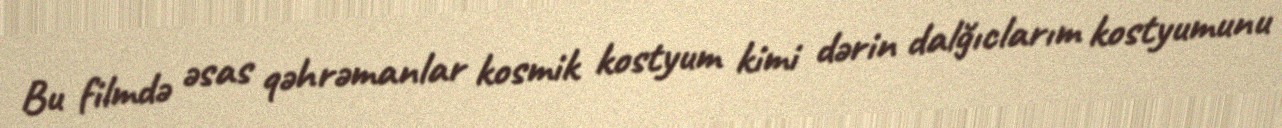
Bu filmdə əsas qəhrəmanlar kosmik kostyum kimi dərin dalğıclarım kostyumunu